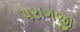
પરાગજી